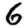
Digit: 6